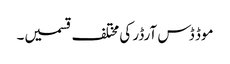
موڈ ڈس آرڈر کی مختلف قسمیں۔